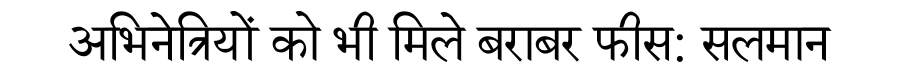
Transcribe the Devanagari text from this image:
अभिनेत्रियों को भी मिले बराबर फीस: सलमान